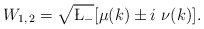
\begin{align*}W_{1,\,2} = \sqrt{\L_{-}}[\mu(k) \pm i ~\nu(k)].\end{align*}